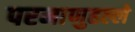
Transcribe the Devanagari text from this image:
परमाणुहल्ले